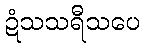
ဍံသသရီသပေ